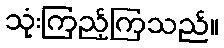
သုံးကြည့်ကြသည်။